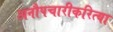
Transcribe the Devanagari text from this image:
अनौपचारीकरित्या